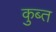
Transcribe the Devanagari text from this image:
कुब्त